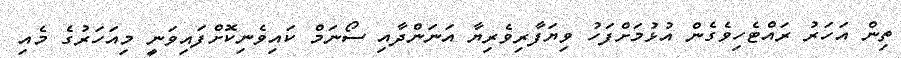
ތިން އަހަރު ރައްޓެހިވެގެން އުޅުމަށްފަހު ވިޔަފާރިވެރިޔާ އަނަންދާއި ސޯނަމް ކައިވެނިކޮށްފައިވަނީ މިއަހަރުގެ މެއި